Eesti_Evangeeliumi_Luteri_Usu_Konsistoorium, lk 9
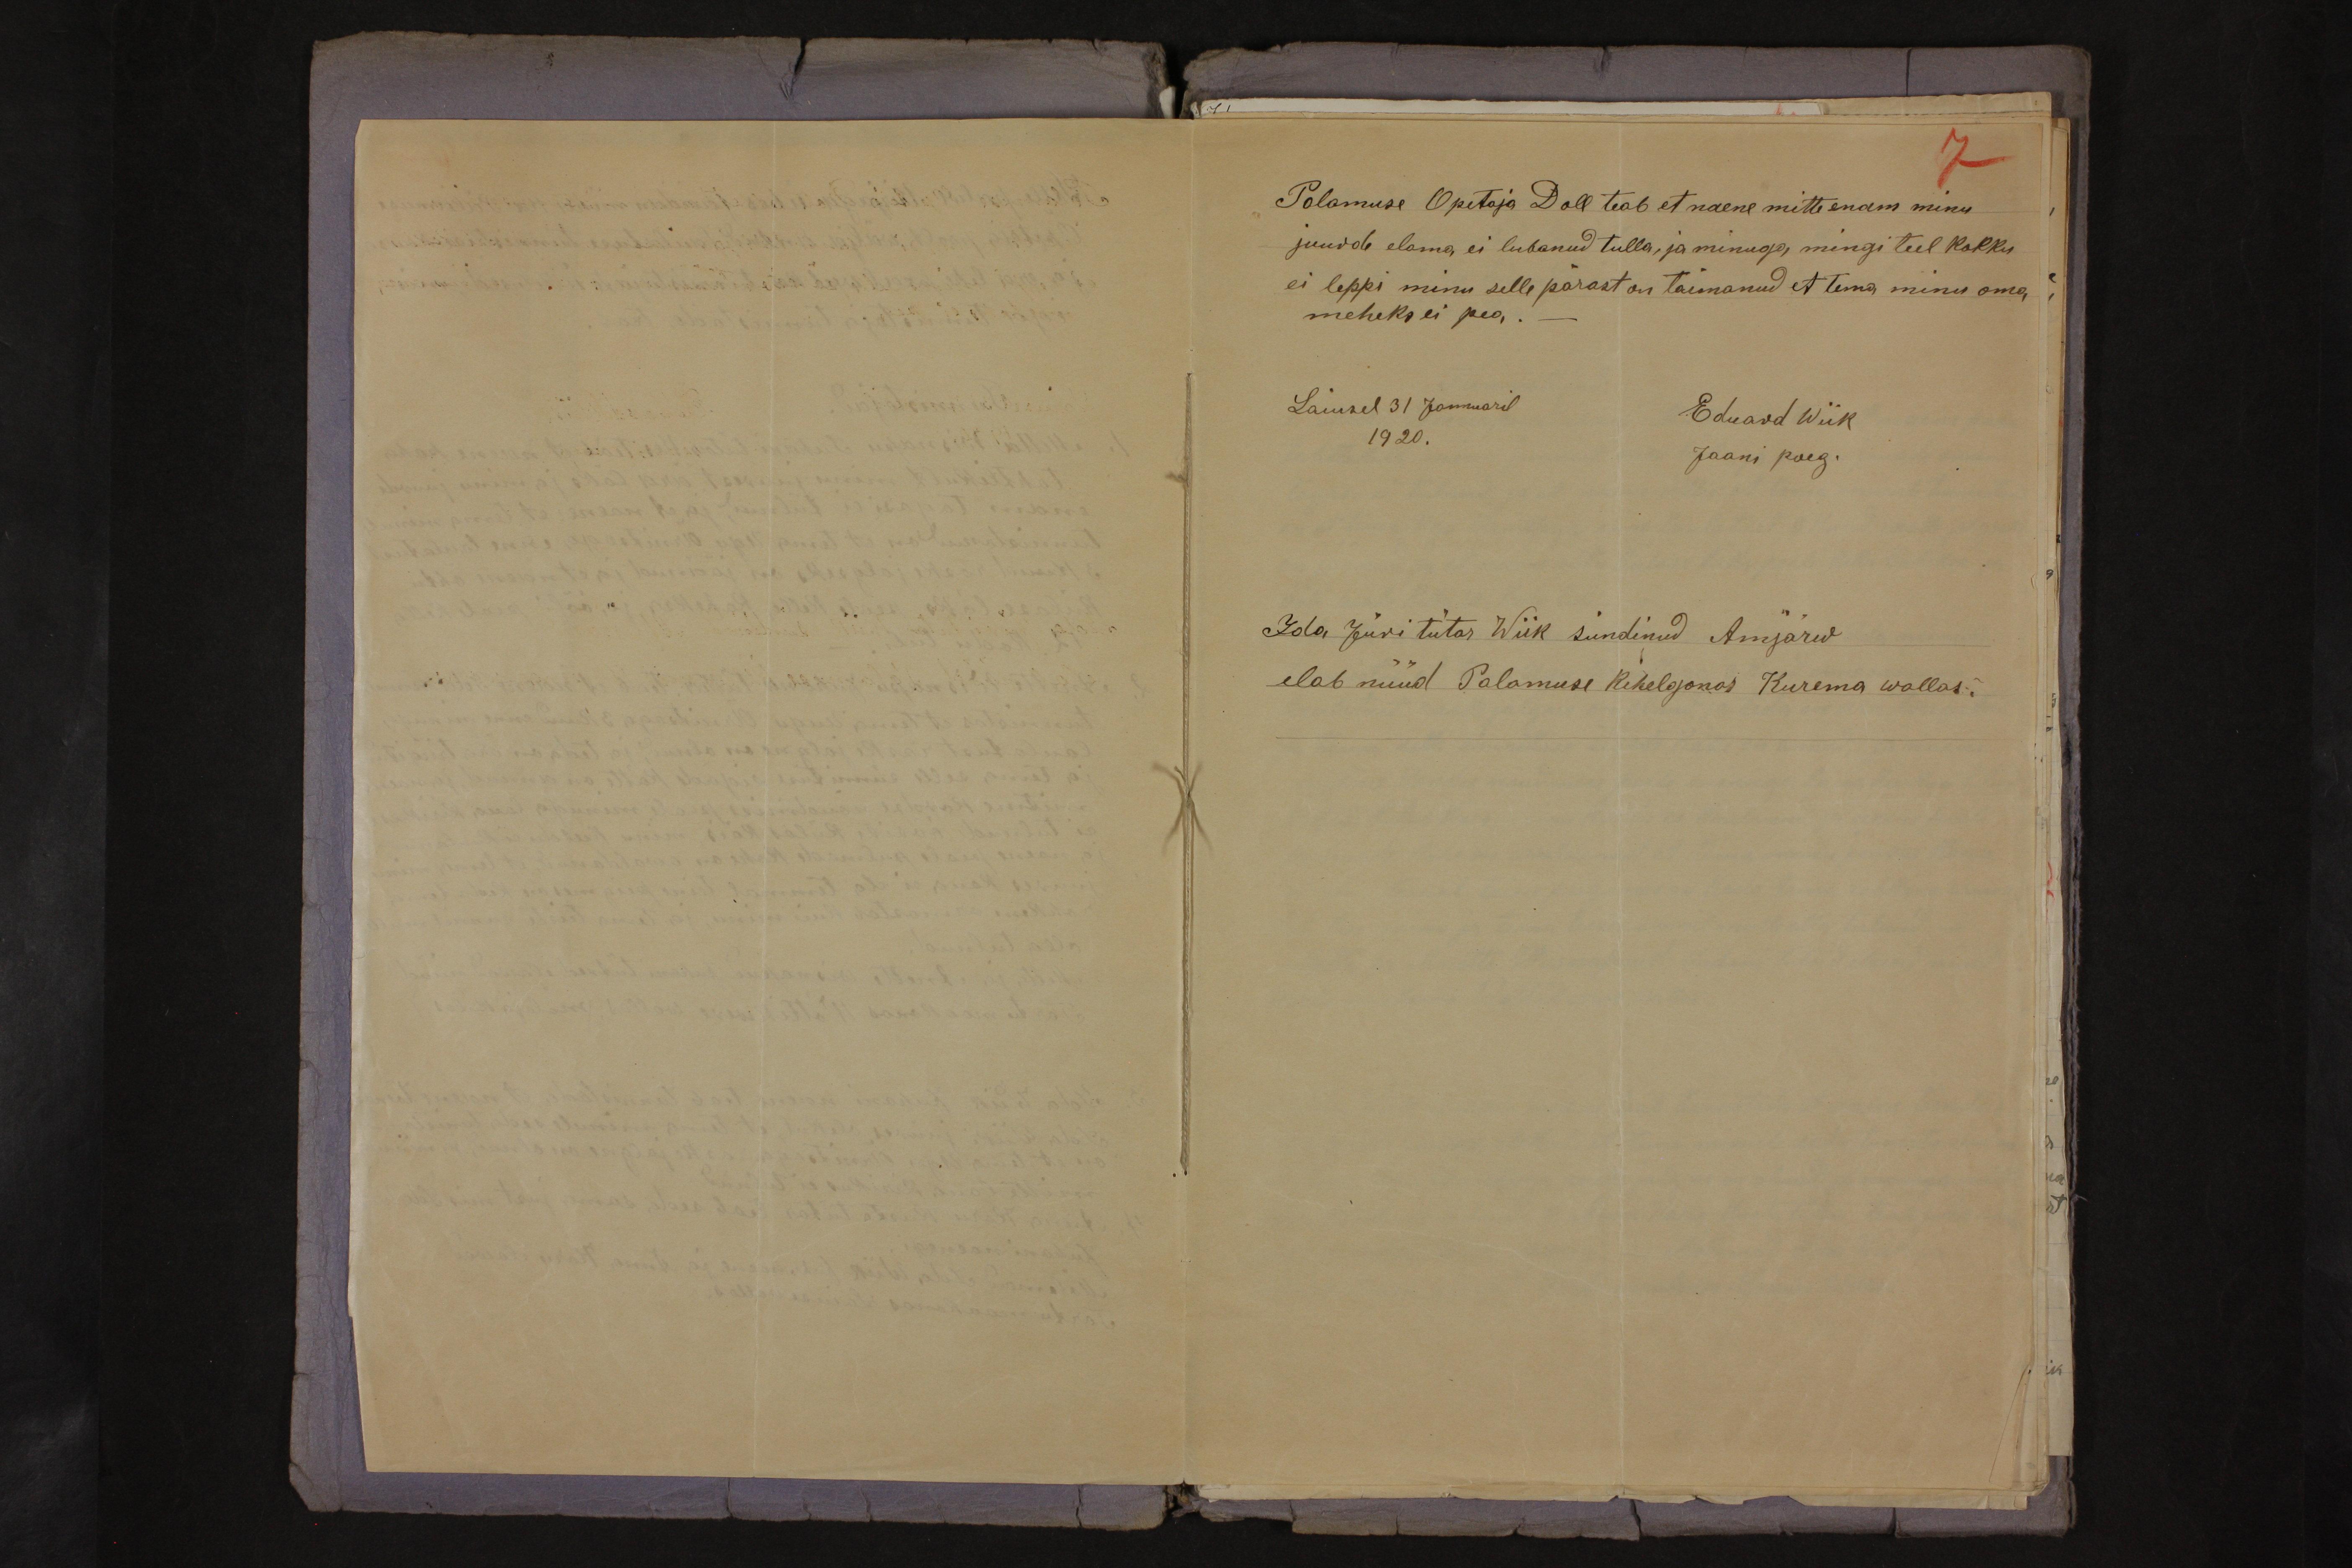
7

Palamuse Opetaja Doll teab et naene mitte enam minu
juurde elama ei lubanud tulla, ja minuga mingi teel kokku
ei leppi minu selle pärast on taimanud et tema minu oma
meheks ei pea. -
Laiusel 31 Jannuaril
Eduard Wiik
1920.
Jaani poeg.
Ida Jüri tütar Wiik sündinud Amjärw
elab nüüd Palamuse kihelgonas Kurema wallas.